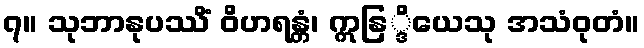
၇။ သုဘာနုပဿိံ ဝိဟရန္တံ၊ ဣနြ္ဒိယေသု အသံဝုတံ။